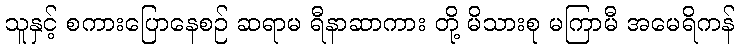
သူနှင့် စကားပြောနေစဉ် ဆရာမ ရီနာဆာကား တို့ မိသားစု မကြာမီ အမေရိကန်